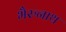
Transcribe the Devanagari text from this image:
भैरुनाथ